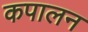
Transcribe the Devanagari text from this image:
कपालन